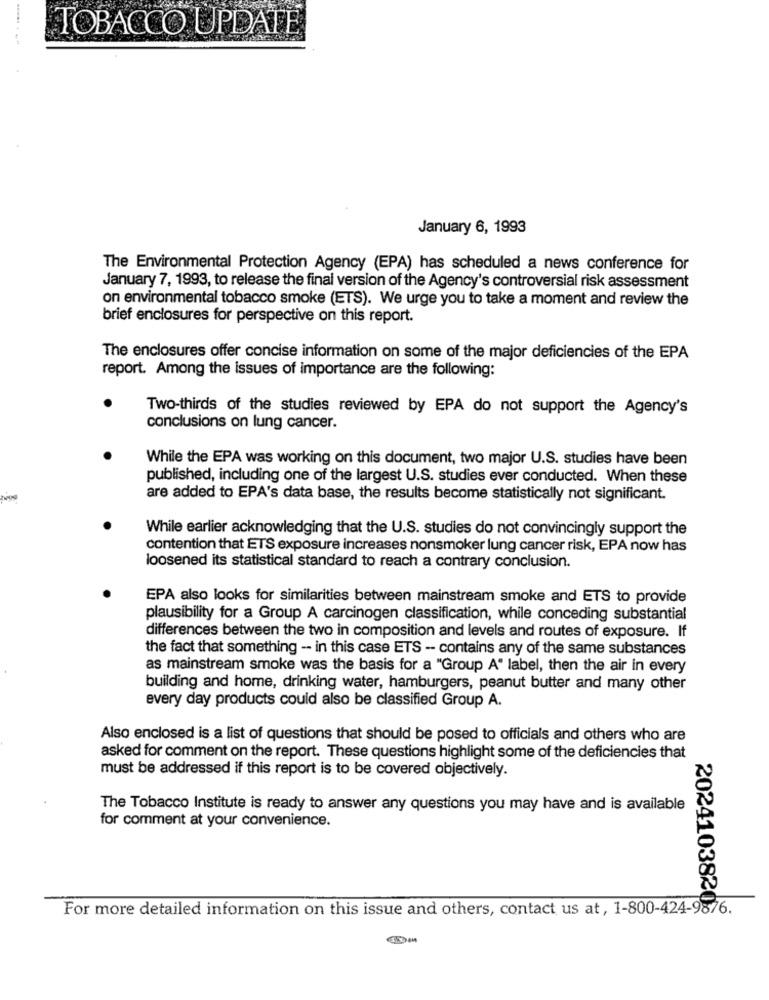
TOBACCO UPDATE
January 6, 1993
The Environmental Protection Agency (EPA) has scheduled a news conference for
January 7, 1993, to release the final version of the Agency's controversial risk assessment
on environmental tobacco smoke (ETS). We urge you to take a moment and review the
brief enclosures for perspective on this report.
The enclosures offer concise information on some of the major deficiencies of the EPA
report. Among the issues of importance are the following:
Two-thirds of the studies reviewed by EPA do not support the Agency's
conclusions on lung cancer.
While the EPA was working on this document, two major U.S. studies have been
published, including one of the largest U.S. studies ever conducted. When these
are added to EPA's data base, the results become statistically not significant.
While earlier acknowledging that the U.S. studies do not convincingly support the
contention that ETS exposure increases nonsmoker lung cancer risk, EPA now has
loosened its statistical standard to reach a contrary conclusion.
EPA also looks for similarities between mainstream smoke and ETS to provide
plausibility for a Group A carcinogen classification, while conceding substantial
differences between the two in composition and levels and routes of exposure. If
the fact that something - in this case ETS - contains any of the same substances
as mainstream smoke was the basis for a "Group A" label, then the air in every
building and home, drinking water, hamburgers, peanut butter and many other
every day products could also be classified Group A.
Also enclosed is a list of questions that should be posed to officials and others who are
asked for comment on the report. These questions highlight some of the deficiencies that
must be addressed if this report is to be covered objectively.
The Tobacco Institute is ready to answer any questions you may have and is available
for comment at your convenience.
For more detailed information on this issue and others, contact us at, 1-800-424-9876.
20241038200